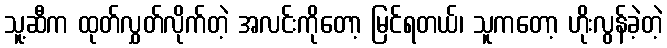
သူ့ဆီက ထုတ်လွှတ်လိုက်တဲ့ အလင်းကိုတော့ မြင်ရတယ်၊ သူကတော့ ဟိုးလွန်ခဲ့တဲ့